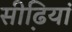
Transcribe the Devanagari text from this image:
सीढि़यां